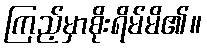
ကြည့်မှာစိုးရိမ်မိ၏။